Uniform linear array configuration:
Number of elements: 12
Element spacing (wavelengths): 0.5
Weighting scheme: hamming
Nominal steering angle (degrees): -60
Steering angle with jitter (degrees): -60.532
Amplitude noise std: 0.05
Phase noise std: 0.05

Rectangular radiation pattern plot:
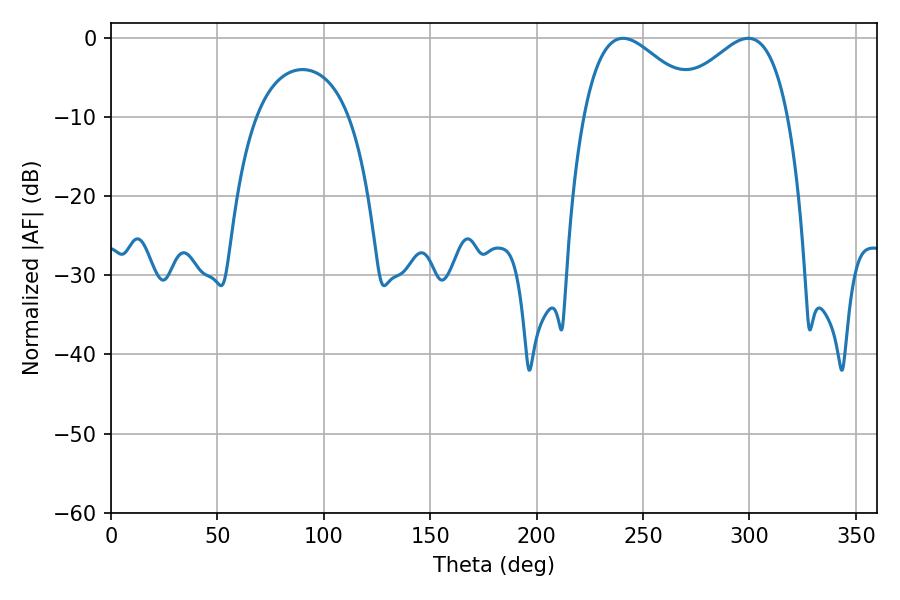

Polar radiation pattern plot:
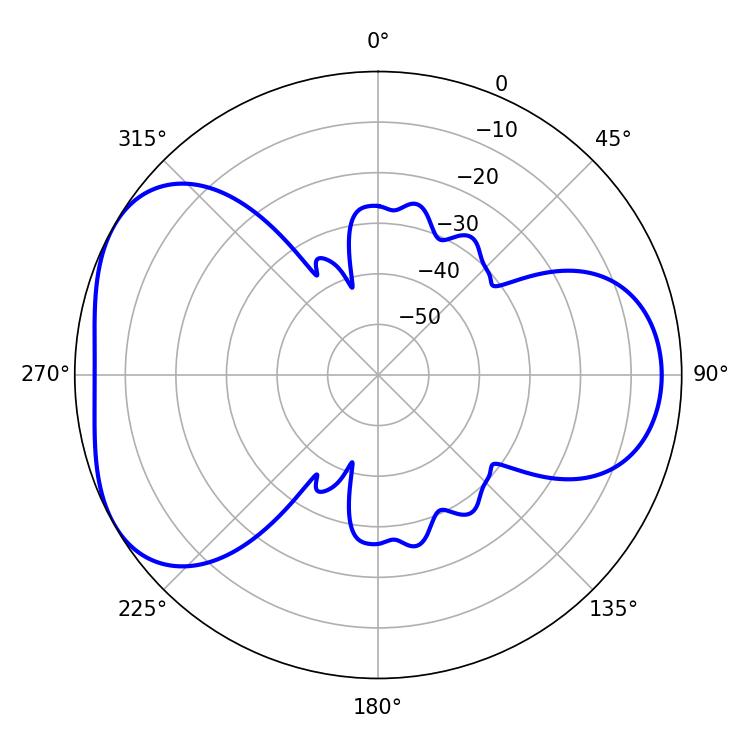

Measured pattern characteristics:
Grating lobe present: FALSE
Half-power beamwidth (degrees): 30.42
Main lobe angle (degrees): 240.66